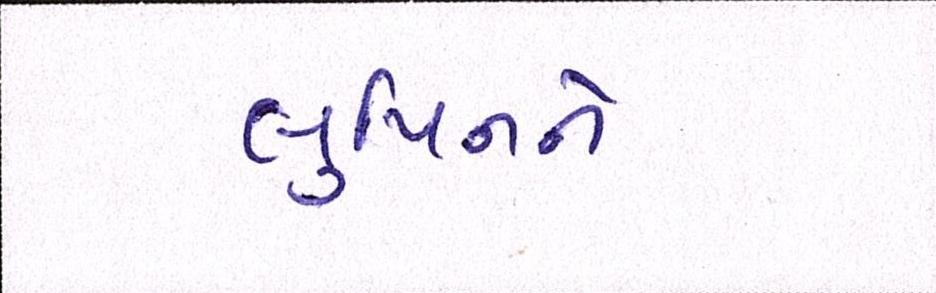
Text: લુપિનને